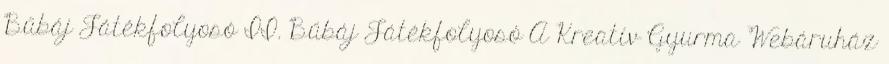
Bűbáj Játékfolyosó II. Bűbáj Játékfolyosó A Kreatív Gyurma Webáruház